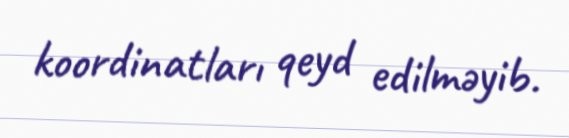
koordinatları qeyd edilməyib.